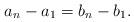
LaTeX: \begin{align*}a_n-a_1=b_n-b_1.\end{align*}